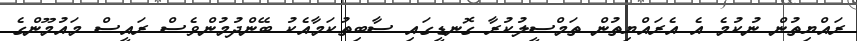
ރައްޔިތުން ނުކުމެ އެ އެރައްޔިތުން ތަމްސީލުކުރާ ގޮނޑީގައި ސާބިތުކަމާއެކު ބޭންދުމުންވެސް ރައީސް މައުމޫންގެ